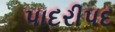
પાદરીપદ